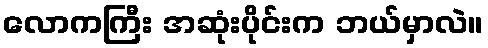
လောကကြီး အဆုံးပိုင်းက ဘယ်မှာလဲ။